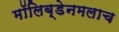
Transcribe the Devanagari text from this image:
मॉलिब्डेनमलाच